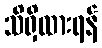
သိရှိထားရန်